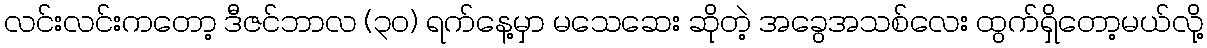
လင်းလင်းကတော့ ဒီဇင်ဘာလ (၃၀) ရက်နေ့မှာ မသေဆေး ဆိုတဲ့ အခွေအသစ်လေး ထွက်ရှိတော့မယ်လို့